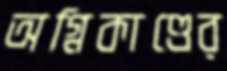
অগ্নিকাণ্ডের